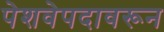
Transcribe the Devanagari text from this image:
पेशवेपदावरून